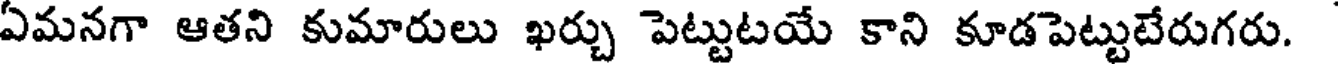
ఏమనగా ఆతని కుమారులు ఖర్చు పెట్టుటయే కాని కూడపెట్టుటేరుగరు.